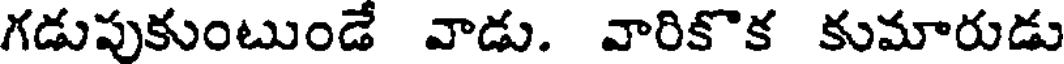
గడుపుకుంటుండే వాడు. వారికొక కుమారుడు